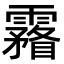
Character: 霿